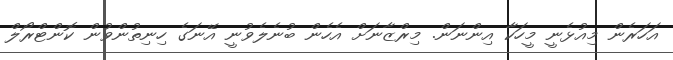
އަހަރެން މިއުޅެނީ މީހަކާ އިންނަން. މިރްޒާނަށް އެހެން ބުނެލެވުނީ އޭނަގެ ހިނިތުންވުން ކޮންޓްރޯލް